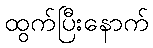
ထွက်ပြီးနောက်